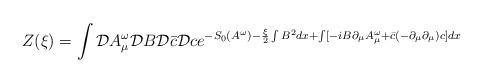
LaTeX: \begin{align*}Z(\xi)=\int{\cal D}A^{\omega}_{\mu}{\cal D}B{\cal D}\bar{c}{\cal D}c e^{-S_{0}(A^{\omega})-\frac{\xi}{2}\int B^{2}dx +\int[-iB\partial_{\mu}A^{\omega}_{\mu} +\bar{c}(-\partial_{\mu}\partial_{\mu})c]dx}\end{align*}